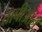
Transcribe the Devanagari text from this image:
ताचीऑन